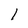
Character: l